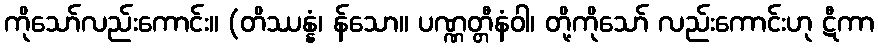
ကိုသော်လည်းကောင်း။ (တိဿန္နံ၊ န်သော။ ပဏ္ဏတ္တီနံဝါ၊ တို့ကိုသော် လည်းကောင်းဟု ဋီကာ